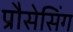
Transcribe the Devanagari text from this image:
प्रौसेसिंग